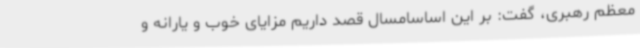
معظم رهبری، گفت: بر این اساسامسال قصد داریم مزایای خوب و یارانه و